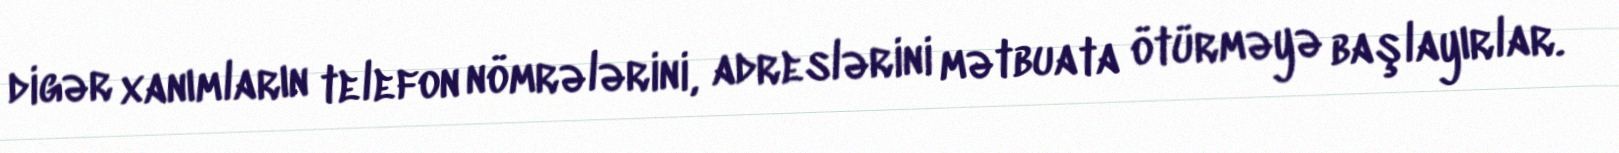
digər xanımların telefon nömrələrini, adreslərini mətbuata ötürməyə başlayırlar.